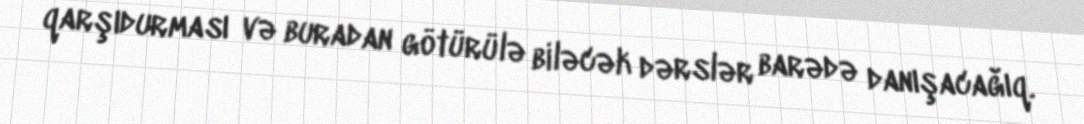
qarşıdurması və buradan götürülə biləcək dərslər barədə danışacağıq.